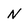
Character: N